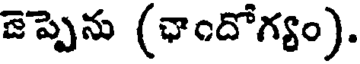
జెప్పెను (ఛాందోగ్యం).